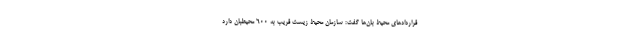
قراردادهای محیط بان‌ها گفت: سازمان محیط زیست قریب به ۶۰۰ محیطبان دارد